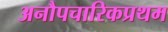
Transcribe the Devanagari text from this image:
अनौपचारिकप्रथम